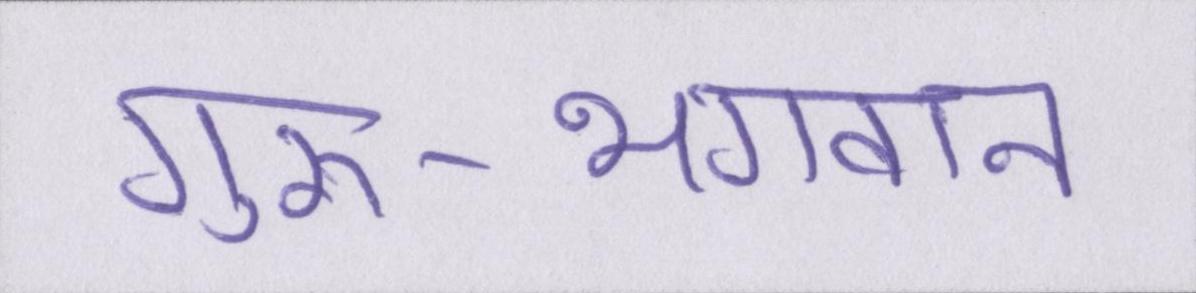
गुरु-भगवान